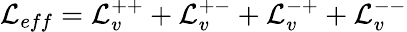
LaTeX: {\cal L}_{eff}={\cal L}_{v}^{++}+{\cal L}_{v}^{+-}+{\cal L}_{v}^{-+}+{\cal L}_{v}^{--}